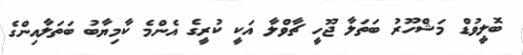
ބޮލީވުޑް މަޝްހޫރު ބަތަލާ ޖޫހީ ޗާވްލާ އަކީ ކުރީގެ އެންމެ ކާމިޔާބު ބަތަލާއިންގެ